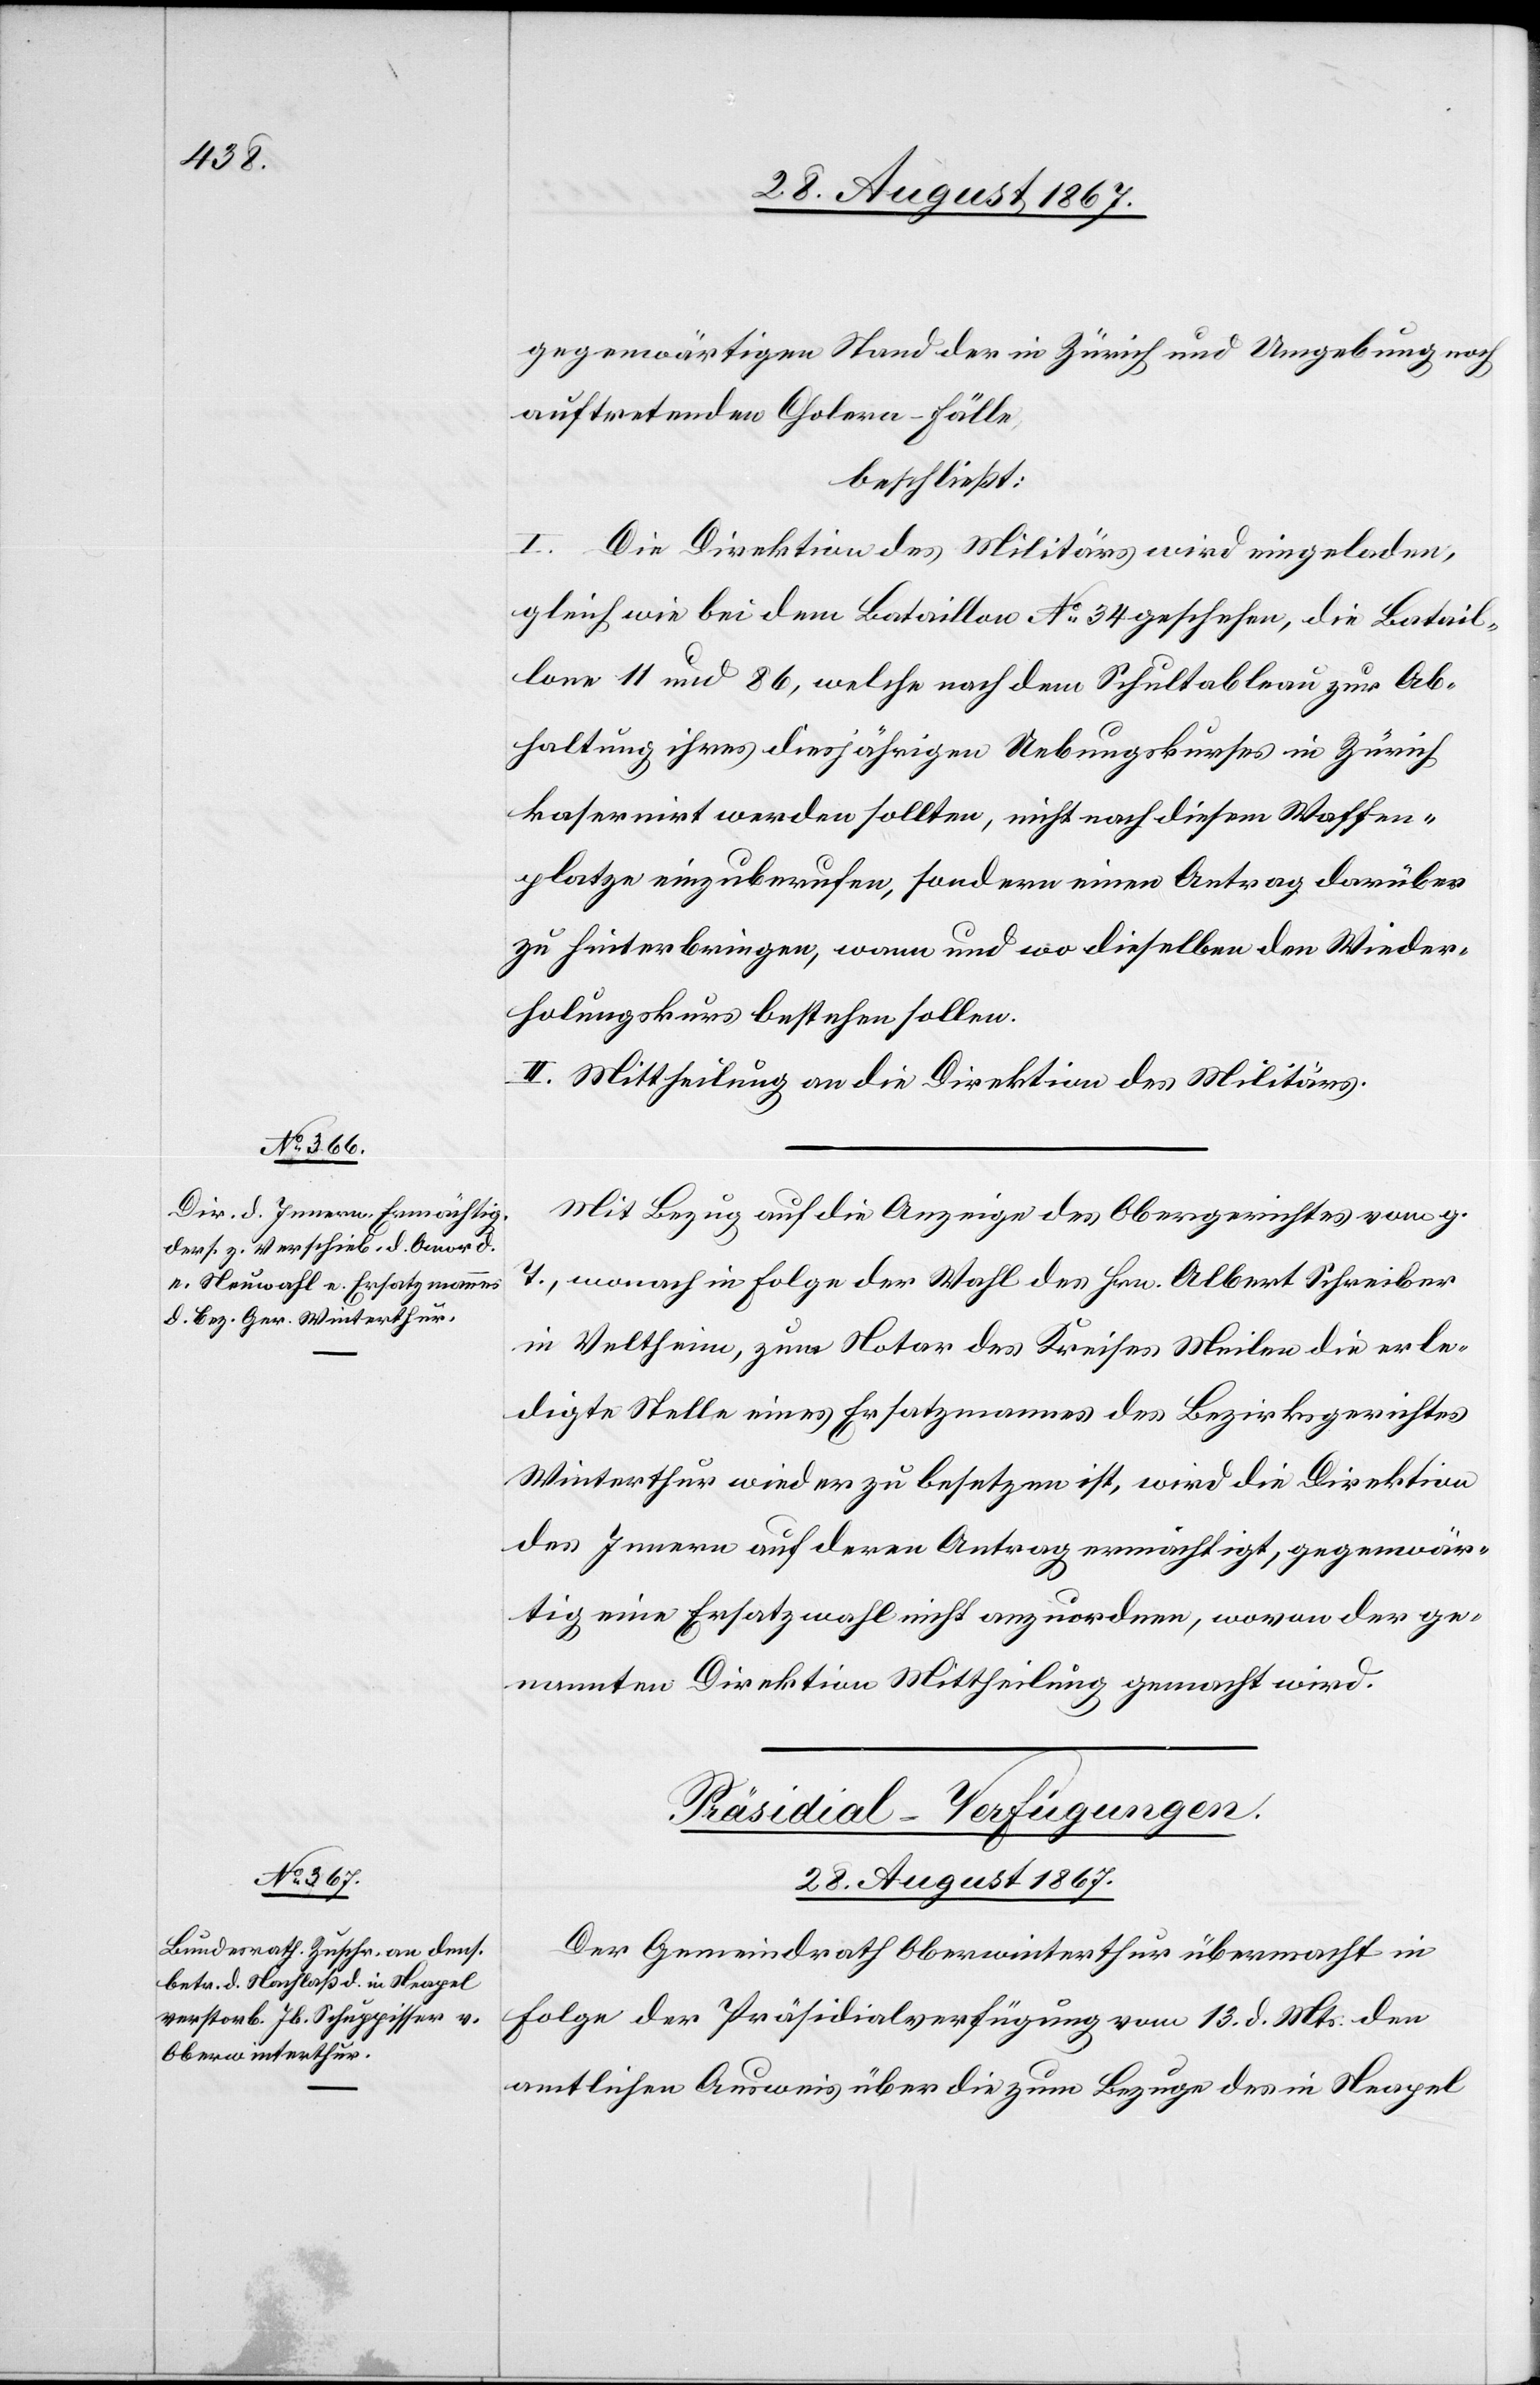
gegenseitigen Stand der in Zürich und Umgebung noch
auftretenden Cholera-Fälle,
beschließt:
I. Die Direktion des Militärs wird eingeladen,
gleich wie bei dem Bataillon No. 34 geschehen, die Batail¬
lons 11 und 86, welche nach dem Schultableau zur Ab¬
haltung ihres diesjährigen Uebungskurses in Zürich
kasernirt werden sollten, nicht nach diesem Waffen¬
platze einzuberufen, sondern einen Antrag darüber
zu hinterbringen, wann und wo dieselben den Wieder¬
holungskurs bestehen sollen.
II. Mittheilung an die Direktion des Militärs.
Mit Bezug auf die Anzeige des Obergerichtes vom g.
T., wonach in Folge der Wahl des Hrn. Albert Schreiber
in Veltheim, zum Notar des Kreises Meilen die erle¬
digte Stelle eines Ersatzmannes des Bezirksgerichtes
Winterthur wieder zu besetzen ist, wird die Direktion
des Innern auf deren Antrag ermächtigt, gegenwär¬
tig eine Ersatzwahl nicht anzuordnen, wovon der ge¬
nannten Direktion Mittheilung gemacht wird.
Präsidial-Verfügungen.
28. August 1867.
Der Gemeindrath Oberwinterthur übermacht in
Folge der Präsidialverfügung vom 13. d. Mts. den
amtlichen Ausweis über die zum Bezuge des in Neapel